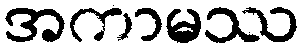
အကာမဿ